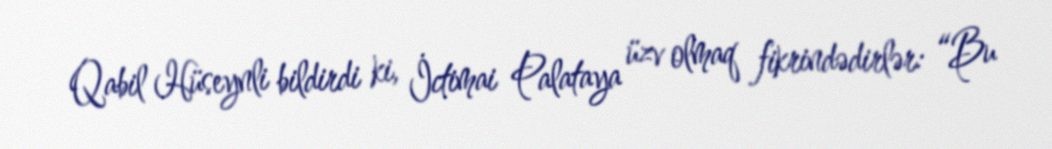
Qabil Hüseynli bildirdi ki, İctimai Palataya üzv olmaq fikrindədirlər: “Bu